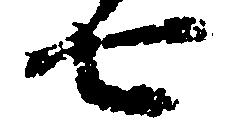
七